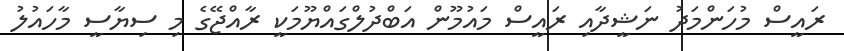
ރައީސް މުހަންމަދު ނަޝީދާއި ރައީސް މައުމޫން އަބްދުލްގައްޔޫމަކީ ރާއްޖޭގެ މި ސިޔާސީ މާހައުލު